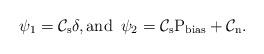
LaTeX: \begin{align*}\psi_1=\mathcal{C}_{\rm s}\delta, \rm{and}\,\,\, \psi_2=\mathcal{C}_{\rm s}P_{\rm bias}+\mathcal{C}_{\rm n}.\end{align*}